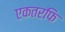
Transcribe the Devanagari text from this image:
एकतरफि